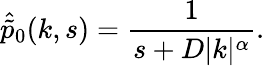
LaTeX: \hat{\tilde{p}}_{0}(k,s)=\frac{1}{s+D|k|^{\alpha}}.